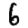
Digit: 6